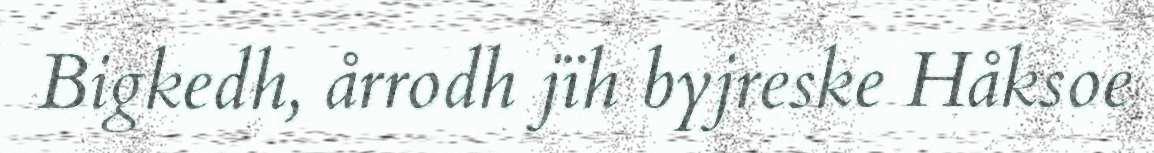
Bigkedh, årrodh jïh byjreske Håksoe